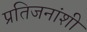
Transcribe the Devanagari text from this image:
प्रतिजनांशी